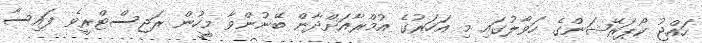
ހައްޖު ކޯޕަރޭޝަންގެ ހަވާލުގައި މި އަހަރުގެ އުމްރާއަށްދާން ބޭނުންވާ މީހުން ރަޖިސްޓްރީވެ ފައިސާ